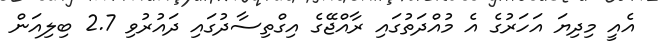
އެއީ މިދިޔަ އަހަރުގެ އެ މުއްދަތުގައި ރާއްޖޭގެ އިގްތިސާދުގައި ދައުރުވި 2.7 ބިލިއަން